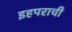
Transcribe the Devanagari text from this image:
इहपराची